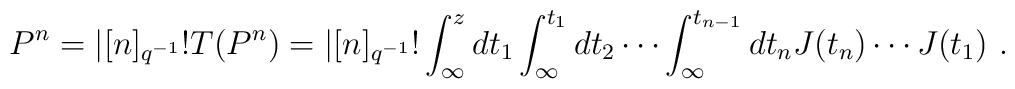
P^n=|[n]_{q^{-1}}!T(P^n)=|[n]_{q^{-1}}!\int_\infty^zdt_1\int_\infty^{t_1}dt_2\cdots\int_\infty^{t_{n-1}}dt_nJ(t_n)\cdots J(t_1)~.